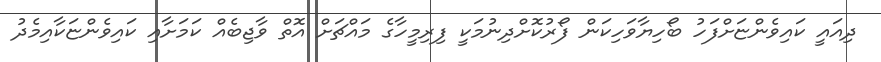
ދިއައީ ކައިވެންޏަށްފަހު ބޯހިޔާވަހިކަން ފޯރުކޮށްދިނުމަކީ ފިރިމީހާގެ މައްޗަށް އޮތް ވާޖިބެއް ކަމަށާއި ކައިވެންޏަކާއިމެދު